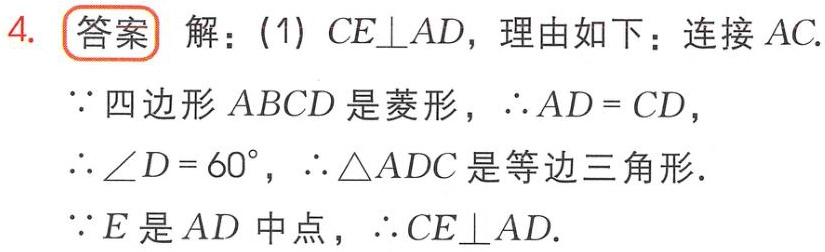
4. 答案 解：(1) \(CE\perp AD\)，理由如下：连接 \(AC\).
\(\because\)四边形 \(ABCD\) 是菱形，\(\therefore AD = CD\)，
\(\therefore\angle D = 60^{\circ}\)，\(\therefore\triangle ADC\) 是等边三角形.
\(\because E\) 是 \(AD\) 中点，\(\therefore CE\perp AD\).